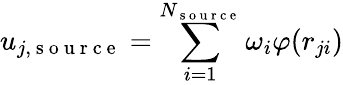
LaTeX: u_{j,\mathrm{~s~o~u~r~c~e~}}=\sum_{i=1}^{N_{\mathrm{~s~o~u~r~c~e~}}}\omega_{i}\varphi(r_{ji})